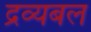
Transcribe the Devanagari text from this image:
द्रव्यबल